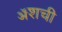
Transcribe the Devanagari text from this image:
ॲशची